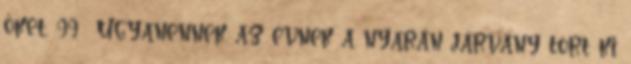
őket. 99 Ugyanennek az évnek a nyarán járvány tört ki